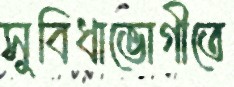
সুবিধাভোগীতে